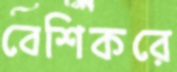
বেশিকরে